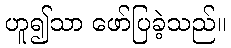
ဟူ၍သာ ဖော်ပြခဲ့သည်။